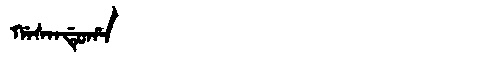
Manchu: ᡤᠠᠰᠠᠨᡩᡠᡥᠠ
Romanization: GASANDUHA